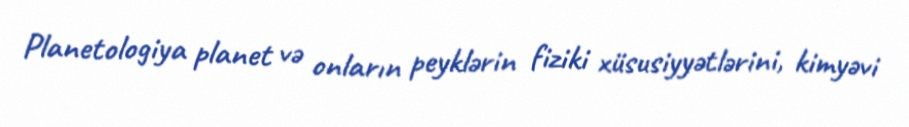
Planetologiya planet və onların peyklərin fiziki xüsusiyyətlərini, kimyəvi